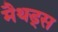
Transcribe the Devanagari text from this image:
मैथड्स